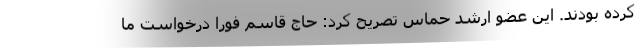
کرده بودند. این عضو ارشد حماس تصریح کرد: حاج قاسم فورا درخواست ما